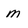
Character: m